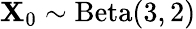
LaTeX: \mathbf{X}_{0}\sim\mathrm{{Beta}}(3,2)